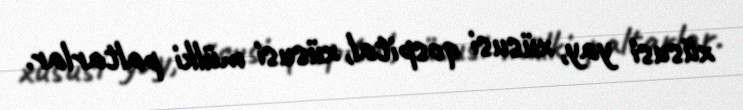
xüsusi yay, xüsusi qospital, xüsusi mülki paltarlar.